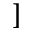
]